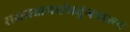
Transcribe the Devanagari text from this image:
राजसत्तामदांधतुंगध्वजन